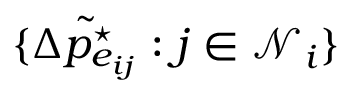
\{ \tilde { \Delta p _ { e _ { i j } } ^ { \star } } : j \in \mathcal { N } _ { i } \}